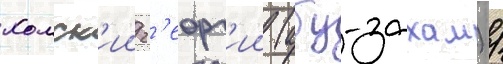
хомск'ии г'еорг'ии (абу-захам) /